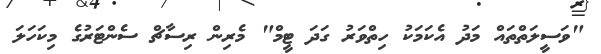
"ވަސީލަތްތައް މަދު އެކަމަކު ހިތްވަރު ގަދަ ޓީމް" މެރިން ރިސާޗް ސެންޓަރުގެ މިކަހަލަ